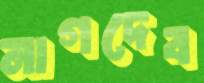
নাগদেব